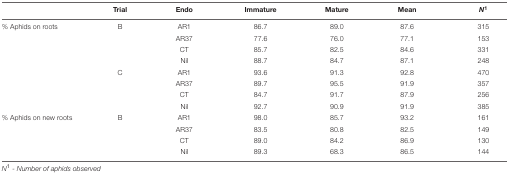
|  | Trial | Endo | Immature | Mature | Mean | N1 |
 | --- | --- | --- | --- | --- | --- | --- |
 | % Aphids on roots | B | AR1 | 86.7 | 89.0 | 87.6 | 315 |
 |  |  | AR37 | 77.6 | 76.0 | 77.1 | 153 |
 |  |  | CT | 85.7 | 82.5 | 84.6 | 331 |
 |  |  | Nil | 88.7 | 84.7 | 87.1 | 248 |
 |  | C | AR1 | 93.6 | 91.3 | 92.8 | 470 |
 |  |  | AR37 | 89.7 | 95.5 | 91.9 | 357 |
 |  |  | CT | 84.7 | 91.7 | 87.9 | 256 |
 |  |  | Nil | 92.7 | 90.9 | 91.9 | 385 |
 | % Aphids on new roots | B | AR1 | 98.0 | 85.7 | 93.2 | 161 |
 |  |  | AR37 | 83.5 | 80.8 | 82.5 | 149 |
 |  |  | CT | 89.0 | 84.2 | 86.9 | 130 |
 |  |  | Nil | 89.3 | 68.3 | 86.5 | 144 |